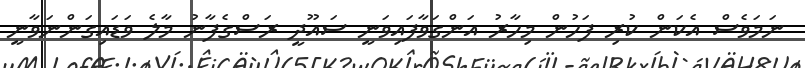
ނަމަވެސް އެކަން ކުރި ފަހުން މިހާރު އަންގަވާފައިވަނީ ސައޫދީ ރަސްގެފާނު މާލެ ވަޑައިގަންނަވާނީ